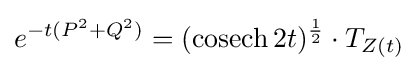
e^{-t(P^{2}+Q^{2})}=(\mathrm {cosech} \,2t)^{1 \over 2}\cdot T_{Z(t)}